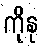
ကိုနု